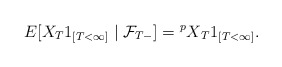
\begin{align*}E[X_T1_{[T<\infty]}\mid \mathcal{F}_{T-}]={^pX}_T1_{[T<\infty]}.\end{align*}